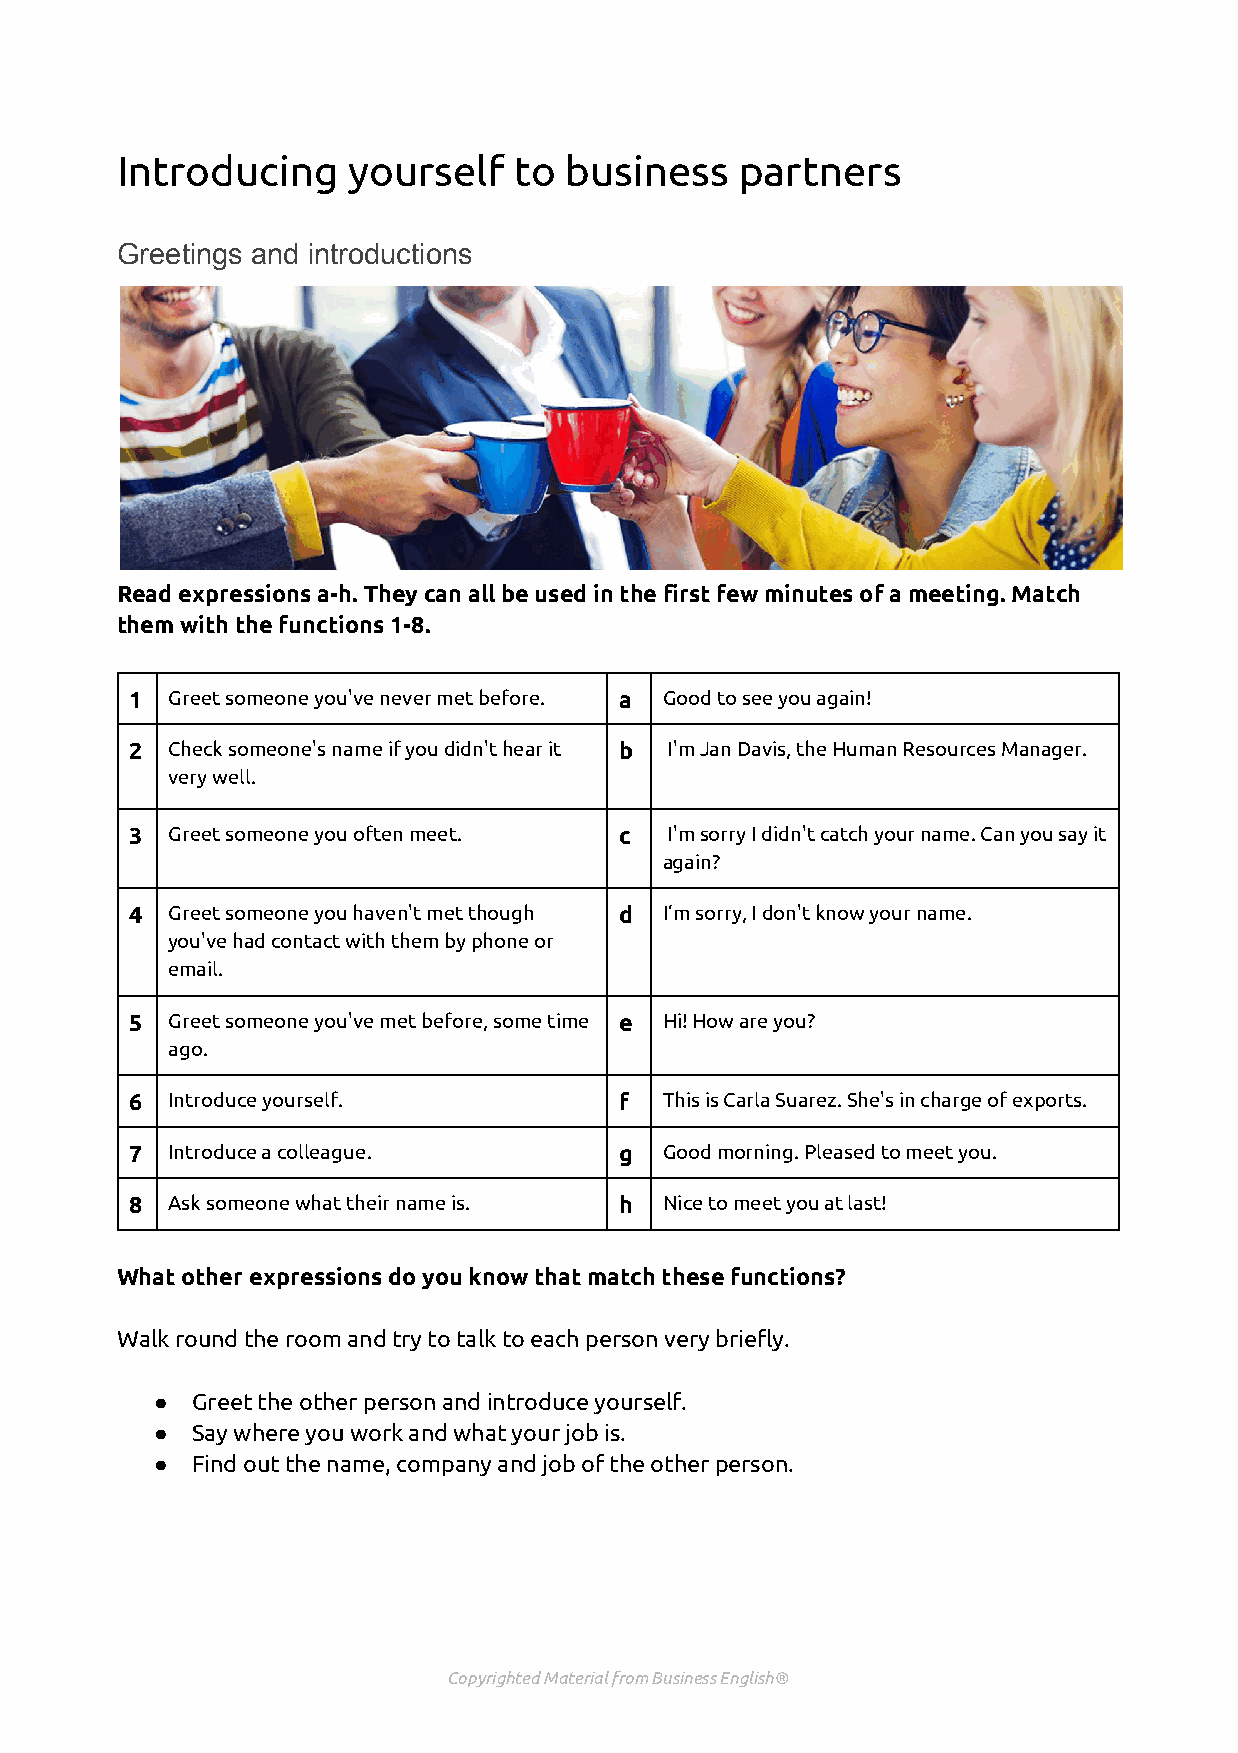
Introducing    yourself   to business    partners
 Greetings and introductions
 Read expressions a-h. They can all be used in the first few minutes of a meeting. Match
 them with the functions 1-8.
 1 Greet someone you've never met before. a Good to see you again!
 2 Check someone's name if you didn't hear it b I'm Jan Davis, the Human Resources Manager.
 very well.
 3 Greet someone you often meet. c  I'm sorry I didn't catch your name. Can you say it
 again?
 4 Greet someone you haven't met though d I’m sorry, I don't know your name.
 you've had contact with them by phone or
 email.
 5 Greet someone you've met before, some time e Hi! How are you?
 ago.
 6 Introduce yourself.           f  This is Carla Suarez. She's in charge of exports.
 7 Introduce a colleague.        g  Good morning. Pleased to meet you.
 8 Ask someone what their name is. h Nice to meet you at last!
 What other expressions do you know that match these functions?
 Walk round the room and try to talk to each person very briefly.
 ●  Greet the other person and introduce yourself.
 ●  Say where you work and what your job is.
 ●  Find out the name, company and job of the other person.
 Copyrighted Material from Business English®